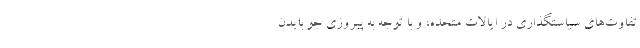
تفاوت­‌های سیاستگذاری در ایالات متحده، و با توجه به پیروزی جو بایدن